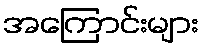
အကြောင်းများ